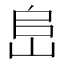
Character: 峊